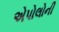
એપોલોની